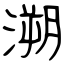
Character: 溯